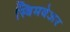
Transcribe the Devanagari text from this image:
स्विमवेअर